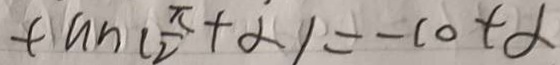
\tan ( \frac { \pi } { 2 } + \alpha ) = - \cot \alpha